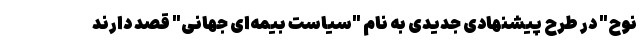
نوح" در طرح پیشنهادی جدیدی به نام "سیاست بیمه‌ای جهانی" قصد دارند